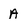
Character: A